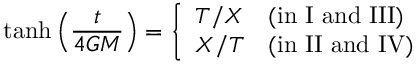
\operatorname { t a n h } \left( { \frac { t } { 4 G M } } \right) = { \left\{ \begin{array} { l l } { T / X } & { { \mathrm { ( i n ~ I ~ a n d ~ I I I ) } } } \\ { X / T } & { { \mathrm { ( i n ~ I I ~ a n d ~ I V ) } } } \end{array} \right. }